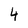
Character: 4